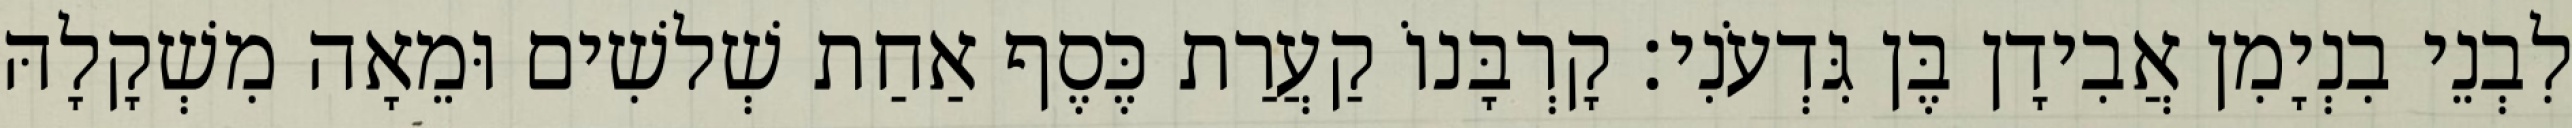
לִבְנֵי בִנְיָמִן אֲבִידָן בֶּן גִּדְעֹנִי׃ קָרְבָּנוֹ קַעֲרַת כֶּסֶף אַחַת שְׁלשִׁים וּמֵאָה מִשְׁקָלָהּ